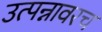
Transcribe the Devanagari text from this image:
उत्पन्नावरच